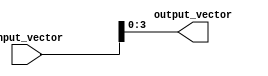
module PartSelectExample (
    input  wire [7:0]  input_vector,  // 8-bit input vector
    output wire [3:0]  output_vector   // 4-bit output vector
);

// Continuous assignment using part select to extract bits [3:0] from input_vector
assign output_vector = input_vector[3:0]; // Assigning the lower 4 bits of input_vector to output_vector

endmodule